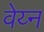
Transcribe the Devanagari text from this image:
वेय्न